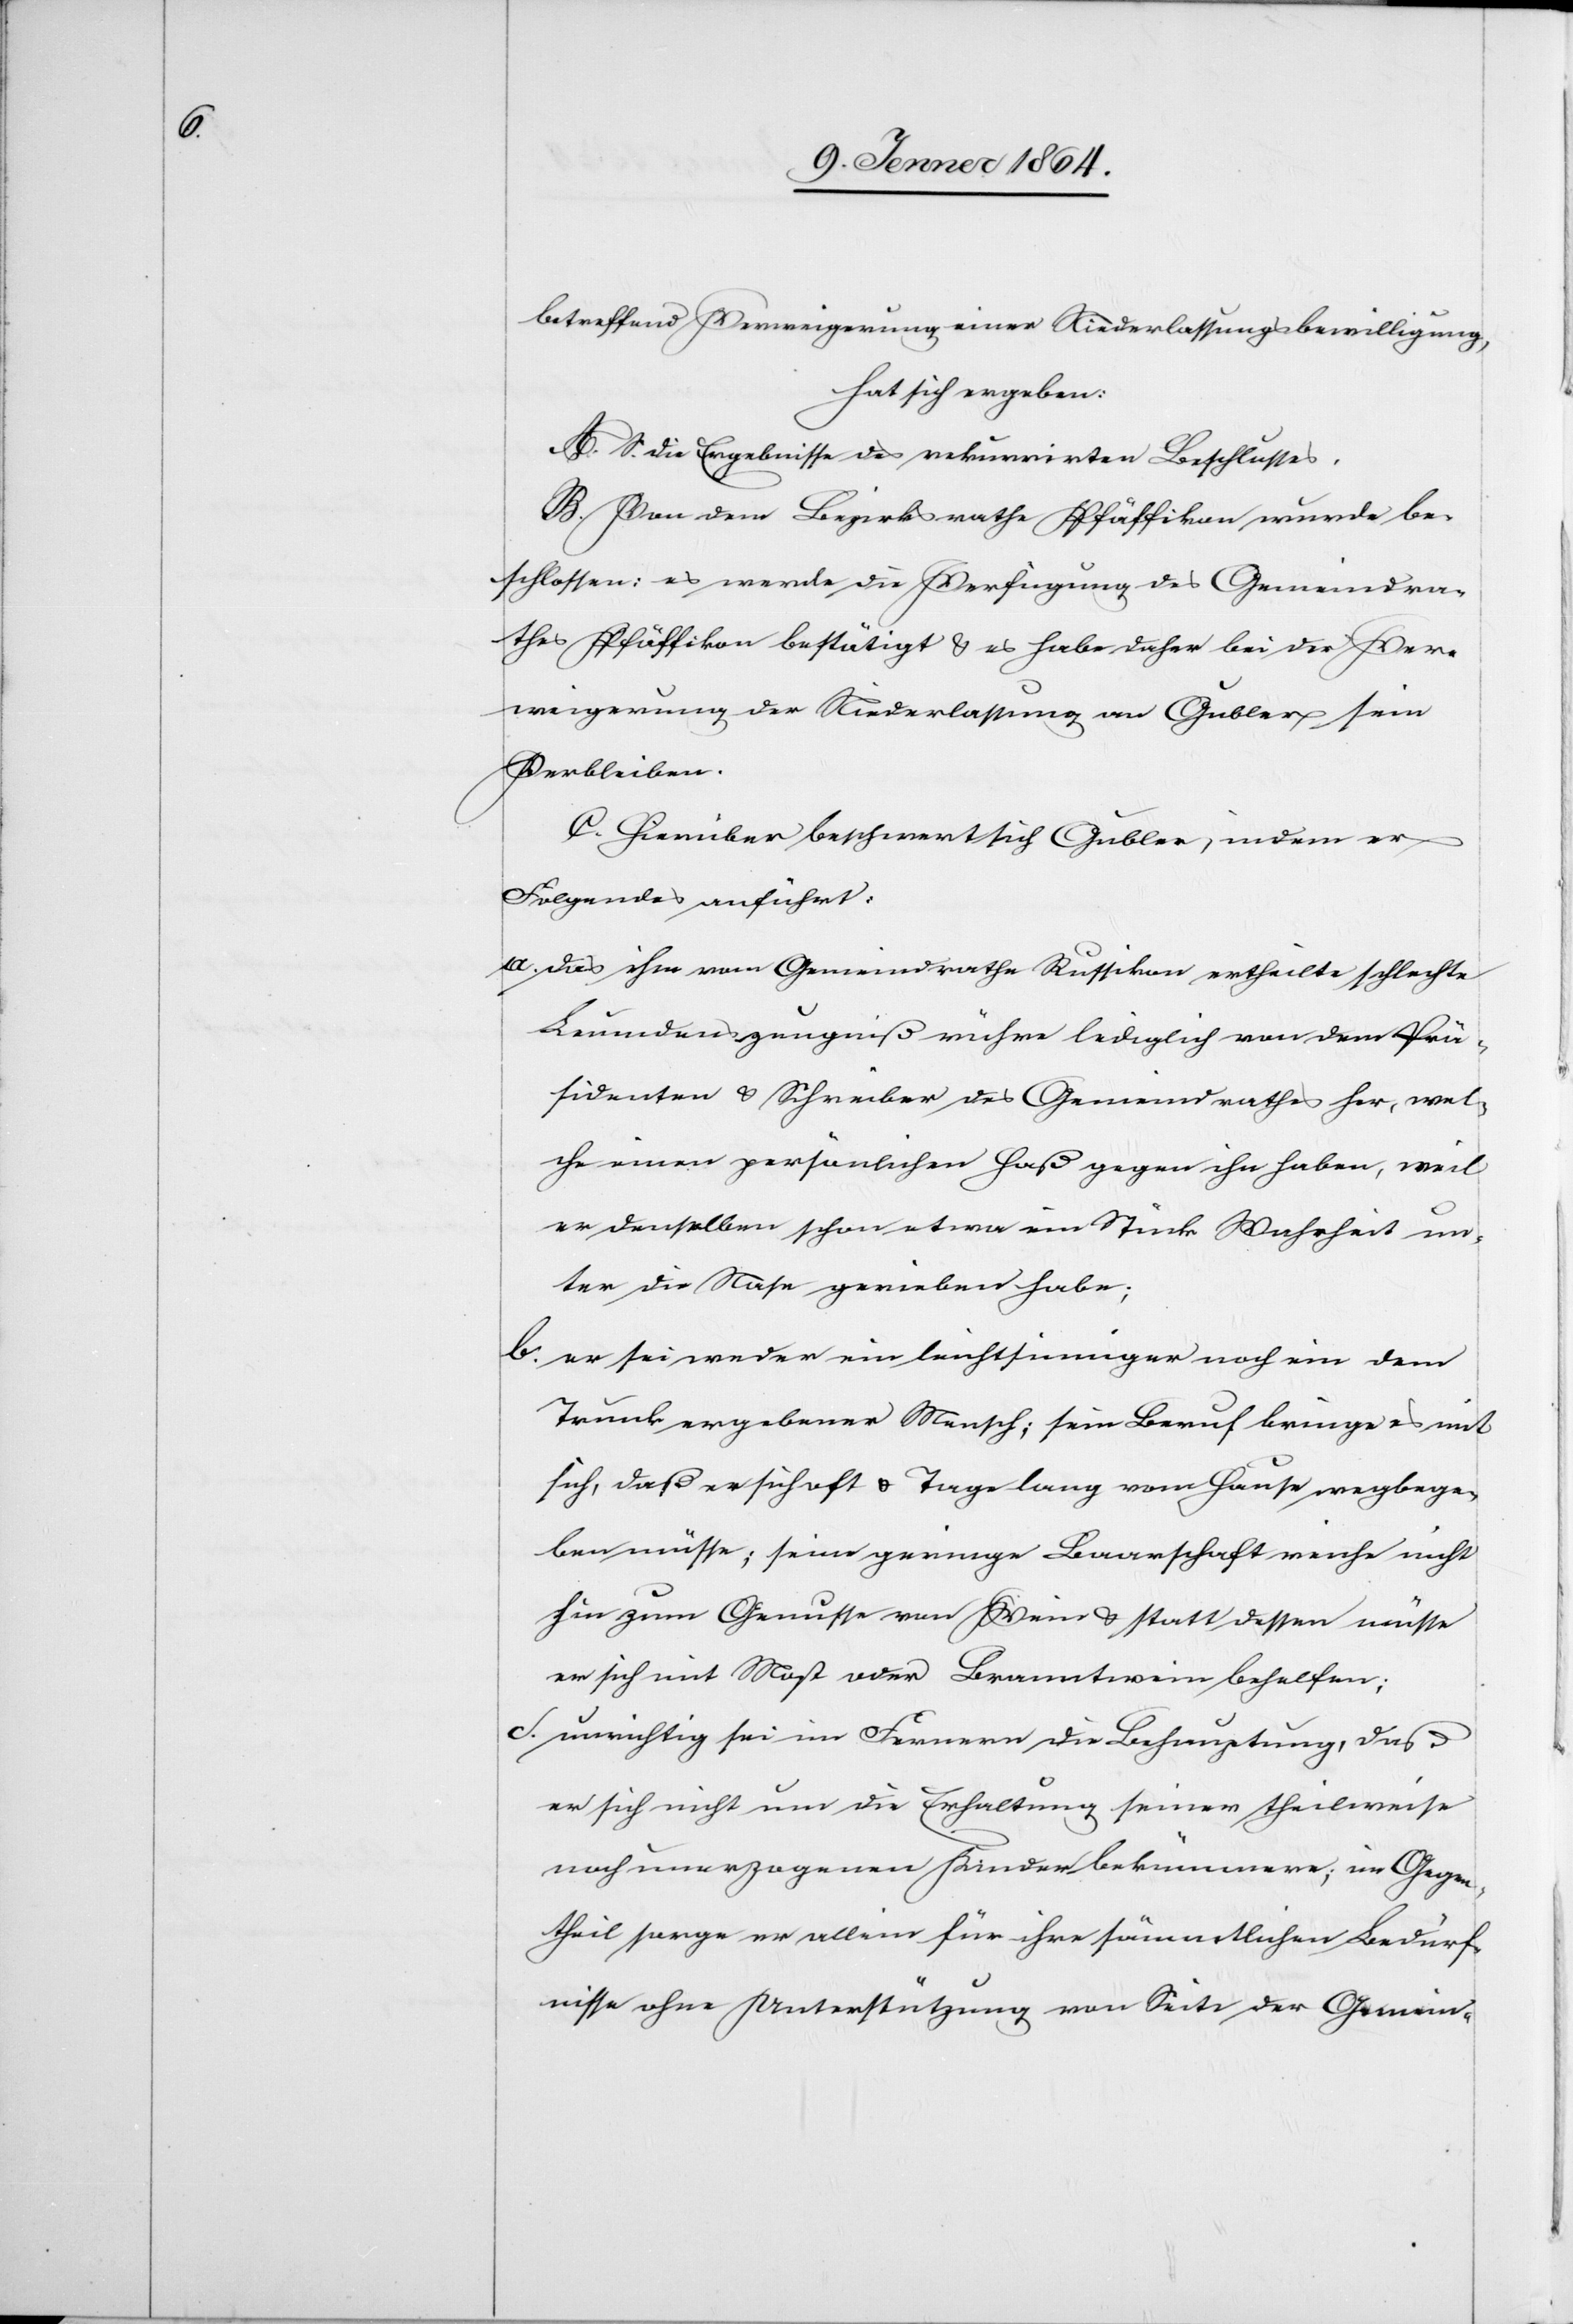
betreffend Verweigerung einer Niederlassungsbewilligung,
hat sich ergeben:
A. S. die Ergebnisse des rekurrirten Beschlusses.
B. Von dem Bezirksrathe Pfäffikon wurde be¬
schlossen: es werde die Verfügung des Gemeindera¬
thes Pfäffikon bestätigt u. es habe daher bei der Ver¬
weigerung der Niederlassung an Gubler sein
Verbleiben.
C. Hierüber beschwert sich Gubler, indem er
Folgendes anführt:
a. Das ihm vom Gemeinderathe Russikon ertheilte schlechte
Leumdenszeugniß rühre lediglich von dem Prä¬
sidenten u. Schreiber des Gemeindrathes her, wel¬
che einen persönlichen Haß gegen ihn haben, weil
er denselben schon etwa ein Stück Wahrheit un¬
ter die Nase gerieben habe;
b. er sei weder ein leichtsinniger noch ein dem
Trunk ergebener Mensch; sein Beruf bringe es mit
sich, daß er sich oft u. Tage lang vom Hause wegbege¬
ben müsse; seine geringe Baarschaft reiche nicht
hin zum Genusse von Wein u. statt dessen müsse
er sich mit Most oder Branntwein behelfen;
c. unrichtig sei im Fernern die Behauptung, daß
er sich nicht um die Erhaltung seiner theilweise
noch unerzogenen Kinder bekümmere; im Gegen¬
theil sorge er allein für ihre sämmtlichen Bedürf¬
nisse ohne Unterstützung von Seite der Gemein-